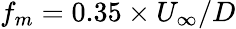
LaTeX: f_{m}=0.35\times U_{\infty}/D